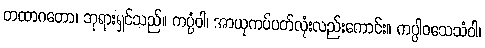
တထာဂတော၊ ဘုရားရှင်သည်။ ကပ္ပံဝါ၊ အာယုကပ်ပတ်လုံးလည်းကောင်း။ ကပ္ပါဝသေသံဝါ၊